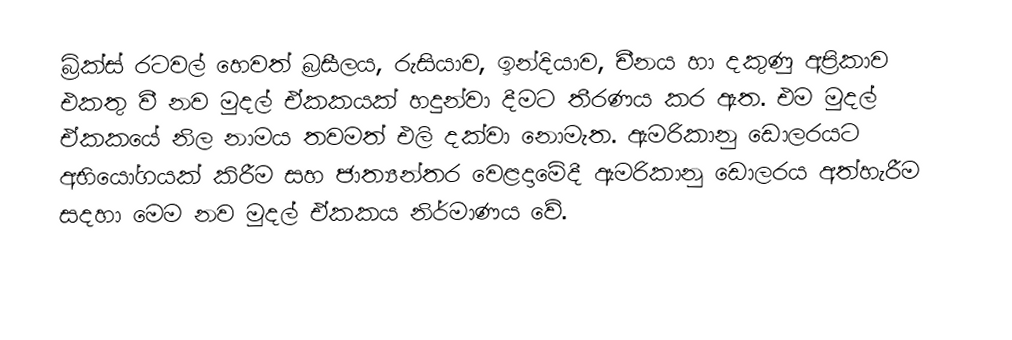
බ්‍රික්ස් රටවල් හෙවත් බ්‍රසීලය, රුසියාව, ඉන්දියාව, චීනය හා දකුණු අප්‍රිකාව එකතු වී නව මුදල් ඒකකයක් හදුන්වා දීමට තීරණය කර ඇත. එම මුදල් ඒකකයේ නිල නාමය තවමත් එලි දක්වා නොමැත. ඇමරිකානු ඩොලරයට අභියෝගයක් කිරීම සහ ජාත්‍යන්තර වෙළදාමේදී ඇමරිකානු ඩොලරය අත්හැරීම සදහා මෙම නව මුදල් ඒකකය නිර්මාණය වේ.